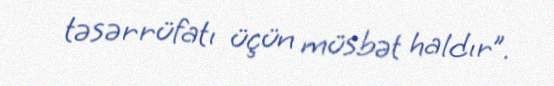
təsərrüfatı üçün müsbət haldır”.